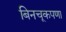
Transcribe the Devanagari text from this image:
बिनचूकपणा